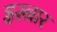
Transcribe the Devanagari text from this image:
इस्नार